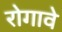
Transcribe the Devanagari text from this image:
रोगावे